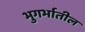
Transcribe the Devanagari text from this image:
भुगर्भातील